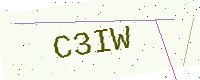
Text: C3IW